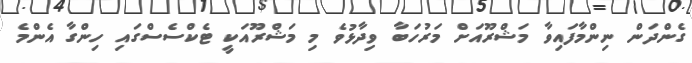
ގެންދަން ނިންމާފައިވާ މަޝްރޫއަށް މަރުހަބާ ވިދާޅުވެ މި މަޝްރޫއަކީ ޓެކްސެސްގައި ހިންގާ އެންމެ